Insane asylums in Bengal annual reports 1867-1875 - 1867-1875
Year: 1867
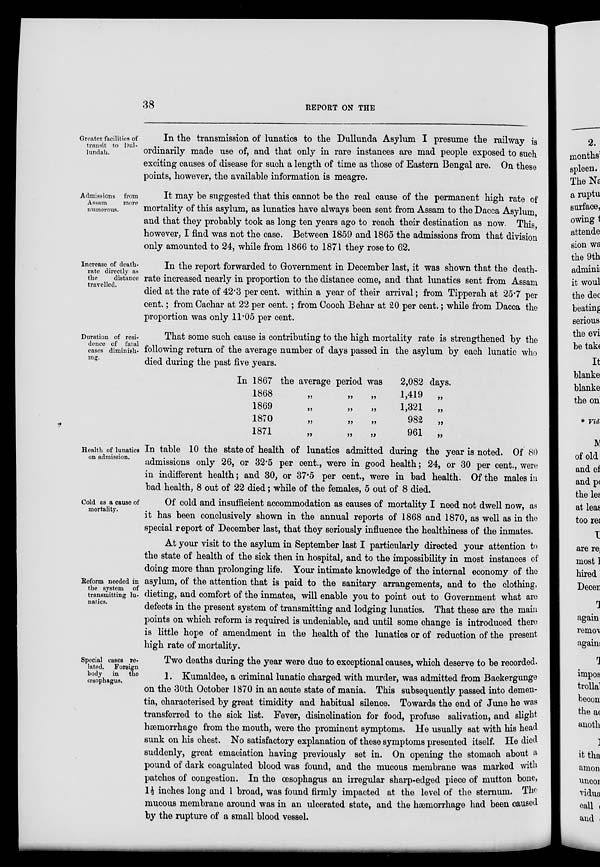
38
REPORT ON THE
Greater facilities of
transit to Dul-
1undah.
In the transmission of lunatics to the Dullunda Asylum I presume the railway is
ordinarily made use of, and that only in rare instances are mad people exposed to such
exciting causes of disease for such a length of time as those of Eastern Bengal are. On these
points, however, the available information is meagre.
Admissions from
Assam
more
numerous.
It may be suggested that this cannot be the real cause of the permanent high rate of
mortality of this asylum, as lunatics have always been sent from Assam to the Dacca Asylum,
and that they probably took as long ten years ago to reach their destination as now. This,
however, I find was not the case. Between 1859 and 1865 the admissions from that division
only amounted to 24, while from 1866 to 1871 they rose to 62.
Increase of death-
rate directly as
the
distance
travelled.
In the report forwarded to Government in December last, it was shown that the death-
rate increased nearly in proportion to the distance come, and that lunatics sent from Assam
died at the rate of 42.3 per cent. within a year of their arrival; from Tipperah at 25.7 per
cent.; from Cachar at 22 per cent. ; from Cooch Behar at 20 per cent.; while from Dacca the
proportion was only 11.05 per cent.
Duration of resi-
dence of fatal
cases diminish-
ing.
That some such cause is contributing to the high mortality rate is strengthened by the
following return of the average number of days passed in the asylum by each lunatic who
died during the past five years.
In 1867 the average period was
2,082 days.
1868
„
„
„
1869
„
„
„
1870
„
„
„
1871
„
„
„
1,419
„
1,321 „
982 „
961 „
Health of lunatics
on admission.
In table 10 the state of health of lunatics admitted during the year is noted. Of 80
admissions only 26, or 32.5 per cent., were in good health; 24, or 30 per cent., were
in indifferent health; and 30, or 37.5 per cent., were in bad health. Of the males in
bad health, 8 out of 22 died; while of the females, 5 out of 8 died.
Cold as a cause of
mortality.
Of cold and insufficient accommodation as causes of mortality I need not dwell now, as
it has been conclusively shown in the annual reports of 1868 and 1870, as well as in the
special report of December last, that they seriously influence the healthiness of the inmates.
Reform needed in
the system of
transmitting lu-
natics.
At your visit to the asylum in September last I particularly directed your attention to
the state of health of the sick then in hospital, and to the impossibility in most instances of
doing more than prolonging life. Your intimate knowledge of the internal economy of the
asylum, of the attention that is paid to the sanitary arrangements, and to the clothing,
dieting, and comfort of the inmates, will enable you to point out to Government what are
defects in the present system of transmitting and lodging lunatics. That these are the main
points on which reform is required is undeniable, and until some change is introduced there
is little hope of amendment in the health of the lunatics or of reduction of the present
high rate of mortality.
Special cases re-
lated.
Foreign
body in
the
œsophagus.
Two deaths during the year were due to exceptional causes, which deserve to be recorded.
1. Kumaldee, a criminal lunatic charged with murder, was admitted from Backergunge
on the 30th October 1870 in an acute state of mania. This subsequently passed into demen-
tia, characterised by great timidity and habitual silence. Towards the end of June he was
transferred to the sick list. Fever, disinclination for food, profuse salivation, and slight
hæmorrhage from the mouth, were the prominent symptoms. He usually sat with his head
sunk on his chest. No satisfactory explanation of these symptoms presented itself. He died
suddenly, great emaciation having previously set in. On opening the stomach about a
pound of dark coagulated blood was found, and the mucous membrane was marked with
patches of congestion. In the œsophagus an irregular sharp-edged piece of mutton bone,
1½ inches long and 1 broad, was found firmly impacted at the level of the sternum. The
mucous membrane around was in an ulcerated state, and the hæmorrhage had been caused
by the rupture of a small blood vessel.